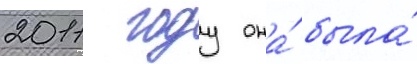
2011 году она́ была́